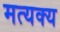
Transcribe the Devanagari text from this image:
मत्यक्य